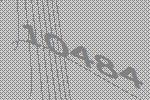
10484